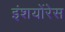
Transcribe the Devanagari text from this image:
इंशयोंरेस